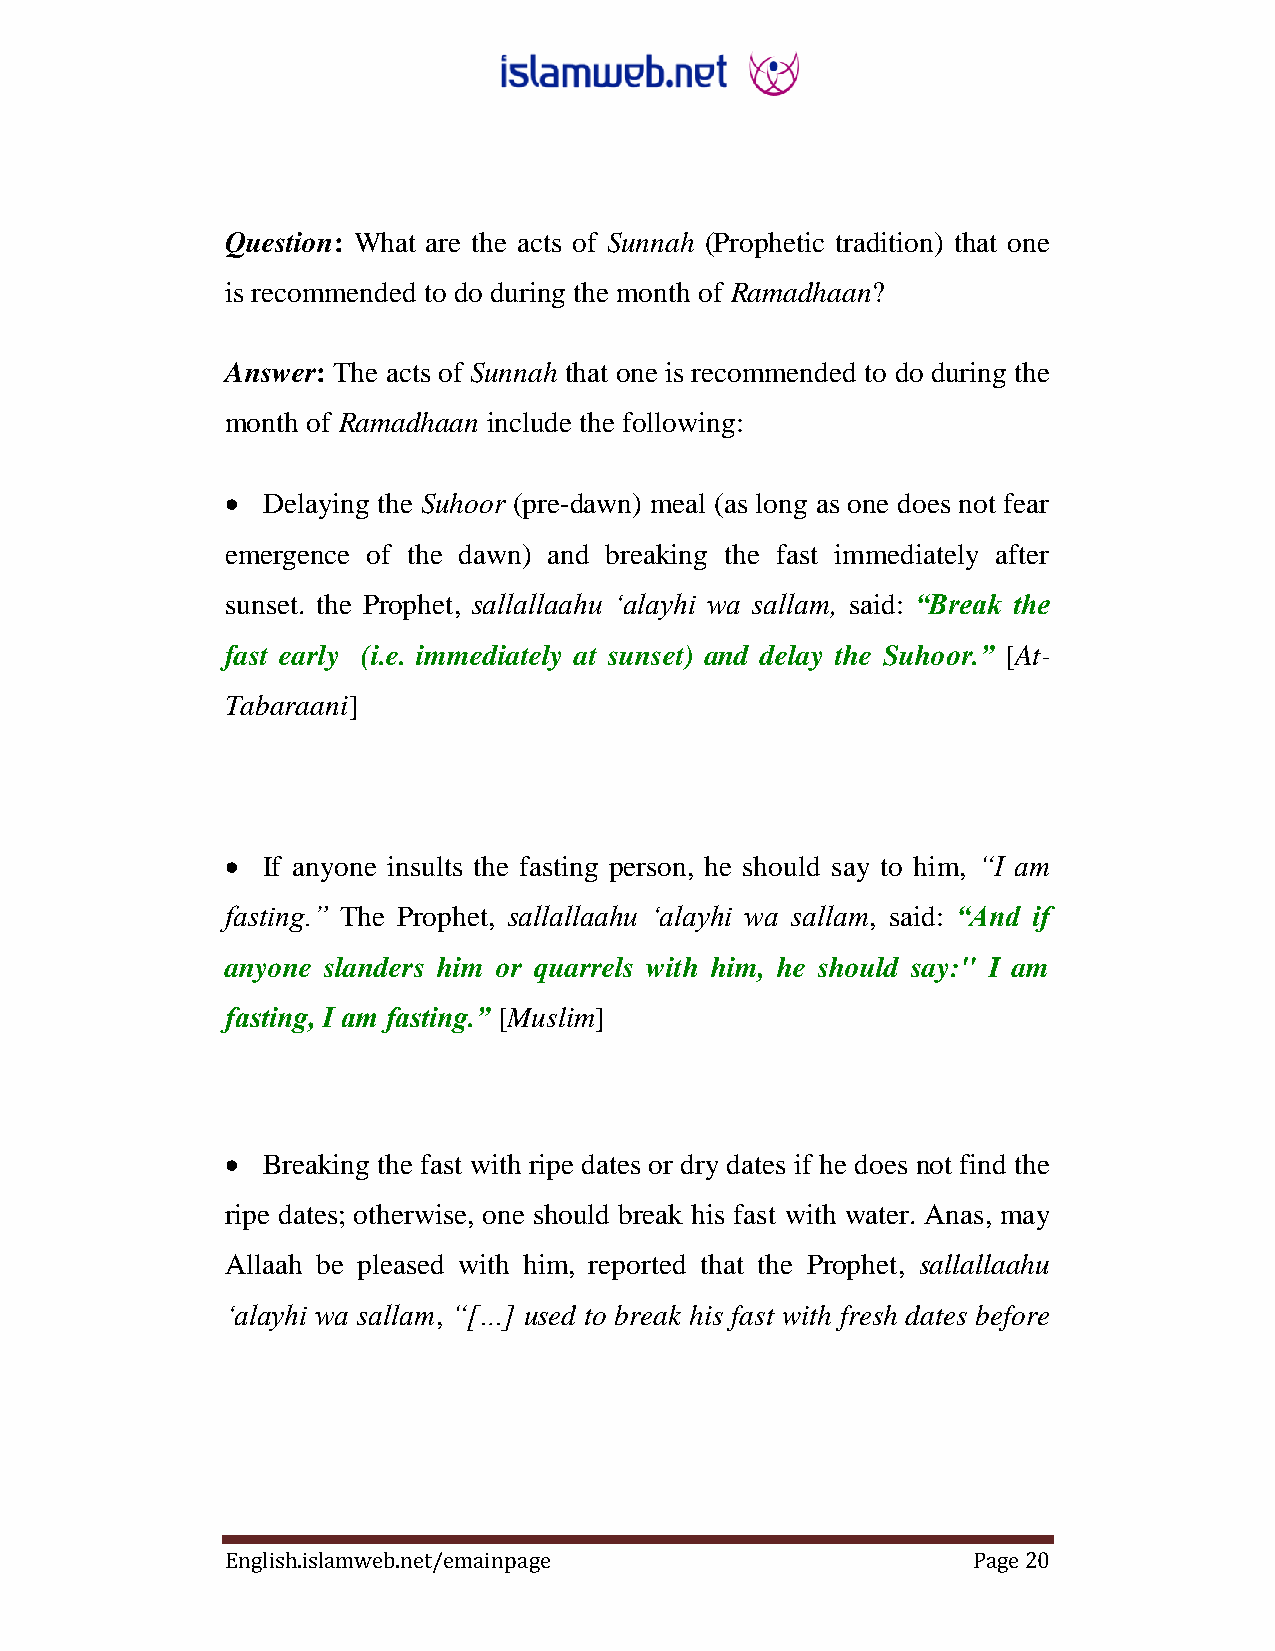
Question: What are the acts of Sunnah (Prophetic tradition) that one
 is recommended to do during the month of Ramadhaan?
 Answer: The acts of Sunnah that one is recommended to do during the
 month of Ramadhaan include the following:
  Delaying the Suhoor (pre-dawn) meal (as long as one does not fear
 emergence of the dawn) and breaking the fast immediately after
 sunset. the Prophet, sallallaahu „alayhi wa sallam, said: “Break the
 fast early (i.e. immediately at sunset) and delay the Suhoor.” [At-
 Tabaraani]
  If anyone insults the fasting person, he should say to him, “I am
 fasting.” The Prophet, sallallaahu „alayhi wa sallam, said: “And if
 anyone slanders him or quarrels with him, he should say:" I am
 fasting, I am fasting.” [Muslim]
  Breaking the fast with ripe dates or dry dates if he does not find the
 ripe dates; otherwise, one should break his fast with water. Anas, may
 Allaah be pleased with him, reported that the Prophet, sallallaahu
 „alayhi wa sallam, “[…] used to break his fast with fresh dates before
 English.islamweb.net/emainpage                   Page 20